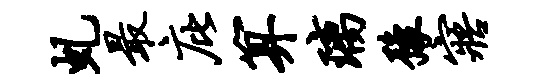
虬最庇算璃豫寤